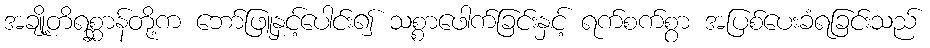
အချို့တိရစ္ဆာန်တို့က ဘော်ဖြူနှင့်ပေါင်း၍ သစ္စာဖေါက်ခြင်းနှင့် ရက်စက်စွာ အပြစ်ပေးခံရခြင်းသည်